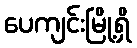
ပေကျင်းမြို့ရှိ